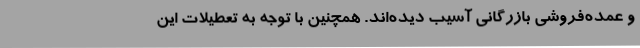
و عمده‌فروشی بازرگانی آسیب دیده‌اند. همچنین با توجه به تعطیلات این